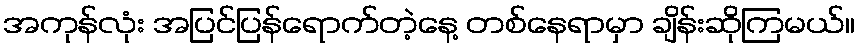
အကုန်လုံး အပြင်ပြန်ရောက်တဲ့နေ့ တစ်နေရာမှာ ချိန်းဆိုကြမယ်။